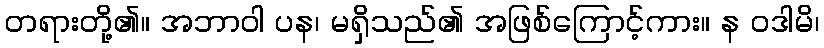
တရားတို့၏။ အဘာဝါ ပန၊ မရှိသည်၏ အဖြစ်ကြောင့်ကား။ န ဝဒါမိ၊